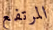
المرتفع